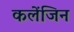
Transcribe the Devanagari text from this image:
कलेंजिन